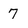
Character: 7